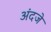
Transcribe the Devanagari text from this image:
अंदजे